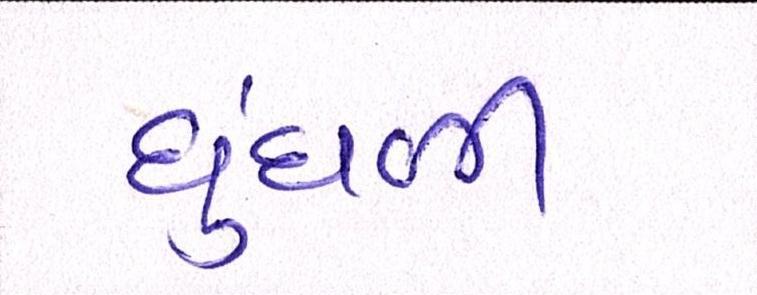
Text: ધુંધળી